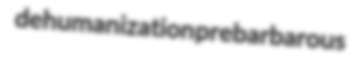
dehumanization prebarbarous